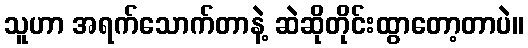
သူဟာ အရက်သောက်တာနဲ့ ဆဲဆိုတိုင်းထွာတော့တာပဲ။